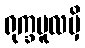
ရုက္ခမူလမှိ